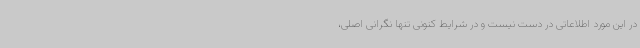
در این مورد اطلاعاتی در دست نیست و در شرایط کنونی تنها نگرانی اصلی،